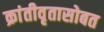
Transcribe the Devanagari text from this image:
क्रांतीवृतासोबत